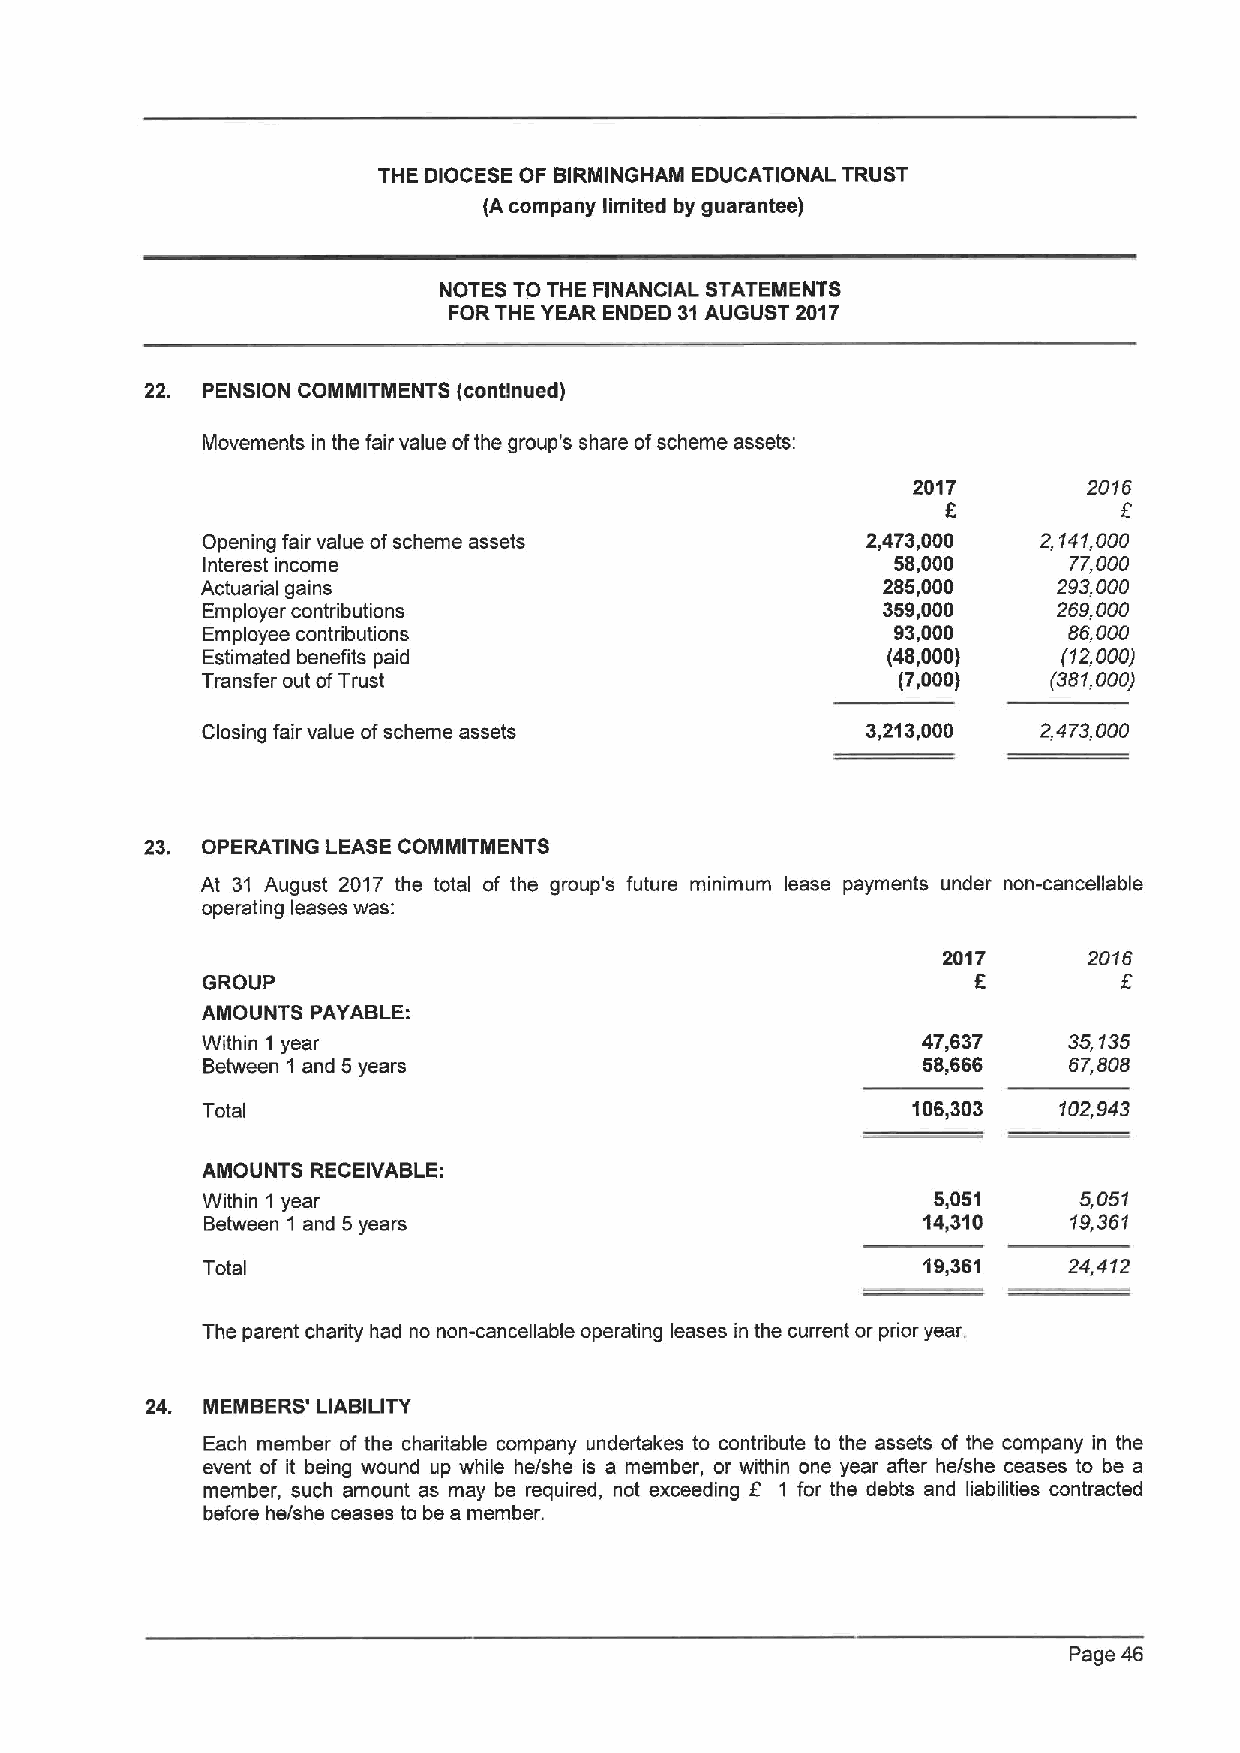
THE DIOCESE OF BIRNIINGHAM EDUCATIONAL TRUST
 (Acompany limited by guarantee)
 NOTES TO THE FINANCIAL STATEMENTS
 FORTHE YEAR ENDED 31AUGUST 2017
 22. PENSION COMMITMENTS (continued)
 Movements in the fair value ofthe group's share ofscheme assets:
 2017        2018
 f
 F
 Opening fair value ofscheme assets          2,473,000   2,141,000
 Interest income                               58,000      77,000
 Actuarial gains                              285,000     293,000
 Employer contributions                       359,000     2S9,000
 Employee contributions                        93,000      88,000
 Estimated benefits paid                       (48,000)   (12000)
 Transfer out ofTrust                          (7,000)    (381,000)
 Closing fair value ofscheme assets          3,213,000   2473,000
 23. OPERATING LEASE COMNIITMENTS
 At 31 August 2017 the total of the group's future minimum lease payments under non-cancellable
 operating leases was:
 2017      2078
 f        f
 GROUP
 AMOUNTS PAYABLE:
 Within 1 year                                   47,637    35,135
 Between 1 and 5years                            58,686    87,808
 Total                                          106,303   102,943
 AMOUNTS RECEIVABLE:
 Within 1year                                     5,051    5,051
 Between 1 and 5years                           14,310    19,361
 Total                                           19,351    24,412
 The parent charity had no non-cancellable operating leases in the current or prior year.
 24. MEMBERS' LIABILITY
 Each member of the charitable company undertakes to contribute to the assets of the company in the
 event of it being wound up while he/she is a member, or w fithin one year after he/she ceases to be a
 member, such amount as may be required, not exceeding 1 for the debts and liabilities contracted
 before he/she ceases to be a member.
 Page 46